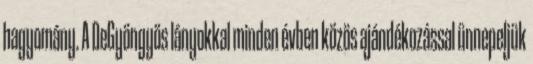
hagyomány. A DeGyöngyös lányokkal minden évben közös ajándékozással ünnepeljük